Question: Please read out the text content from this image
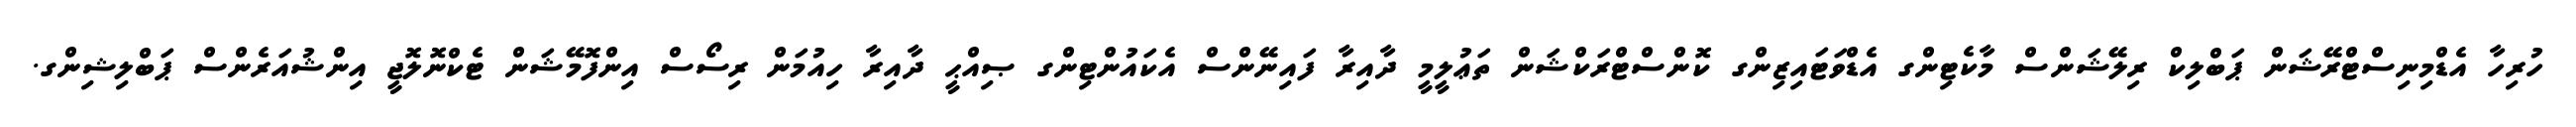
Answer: ހުރިހާ އެޑްމިނިސްޓްރޭޝަން ޕަބްލިކް ރިލޭޝަންސް މާކެޓިންގ އެޑްވަޓައިޒިންގ ކޮންސްޓްރަކްޝަން ތަޢުލީމީ ދާއިރާ ފައިނޭންސް އެކައުންޓިންގ ޞިއްޙީ ދާއިރާ ހިއުމަން ރިސޯސް އިންފޮމޭޝަން ޓެކްނޮލޮޖީ އިންޝުއަރެންސް ޕަބްލިޝިންގ.